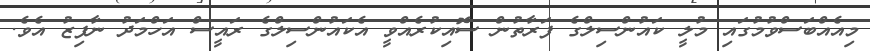
މިއެއްބަސްވުމުގައި މުލީ ކައުންސިލްގެ ފަރާތުން ސޮއިކުރެއްވީ އެކައުންސިލްގެ ރައީސް އަހްމަދު ނާފިޒު އެވެ.